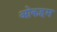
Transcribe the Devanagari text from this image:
ओकहम